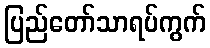
ပြည်တော်သာရပ်ကွက်